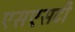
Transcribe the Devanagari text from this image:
एसएसटी